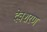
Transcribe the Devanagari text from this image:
देवशरण